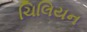
ચિલિયન